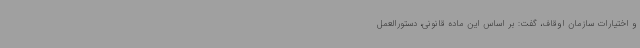
و اختیارات سازمان اوقاف، گفت: بر اساس این ماده قانونی، دستورالعمل